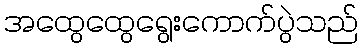
အထွေထွေရွေးကောက်ပွဲသည်